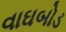
વાઘબોડ